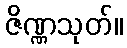
ဇိဏ္ဏသုတ်။